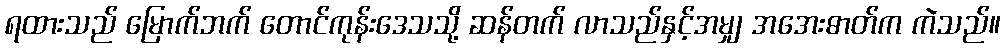
ရထားသည် မြောက်ဘက် တောင်ကုန်းဒေသသို့ ဆန်တက် လာသည်နှင့်အမျှ အအေးဓာတ်က ကဲသည်။